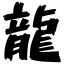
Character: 龍